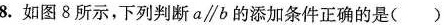
8.如图8所示，下列判断a∥b的添加条件正确的是( )